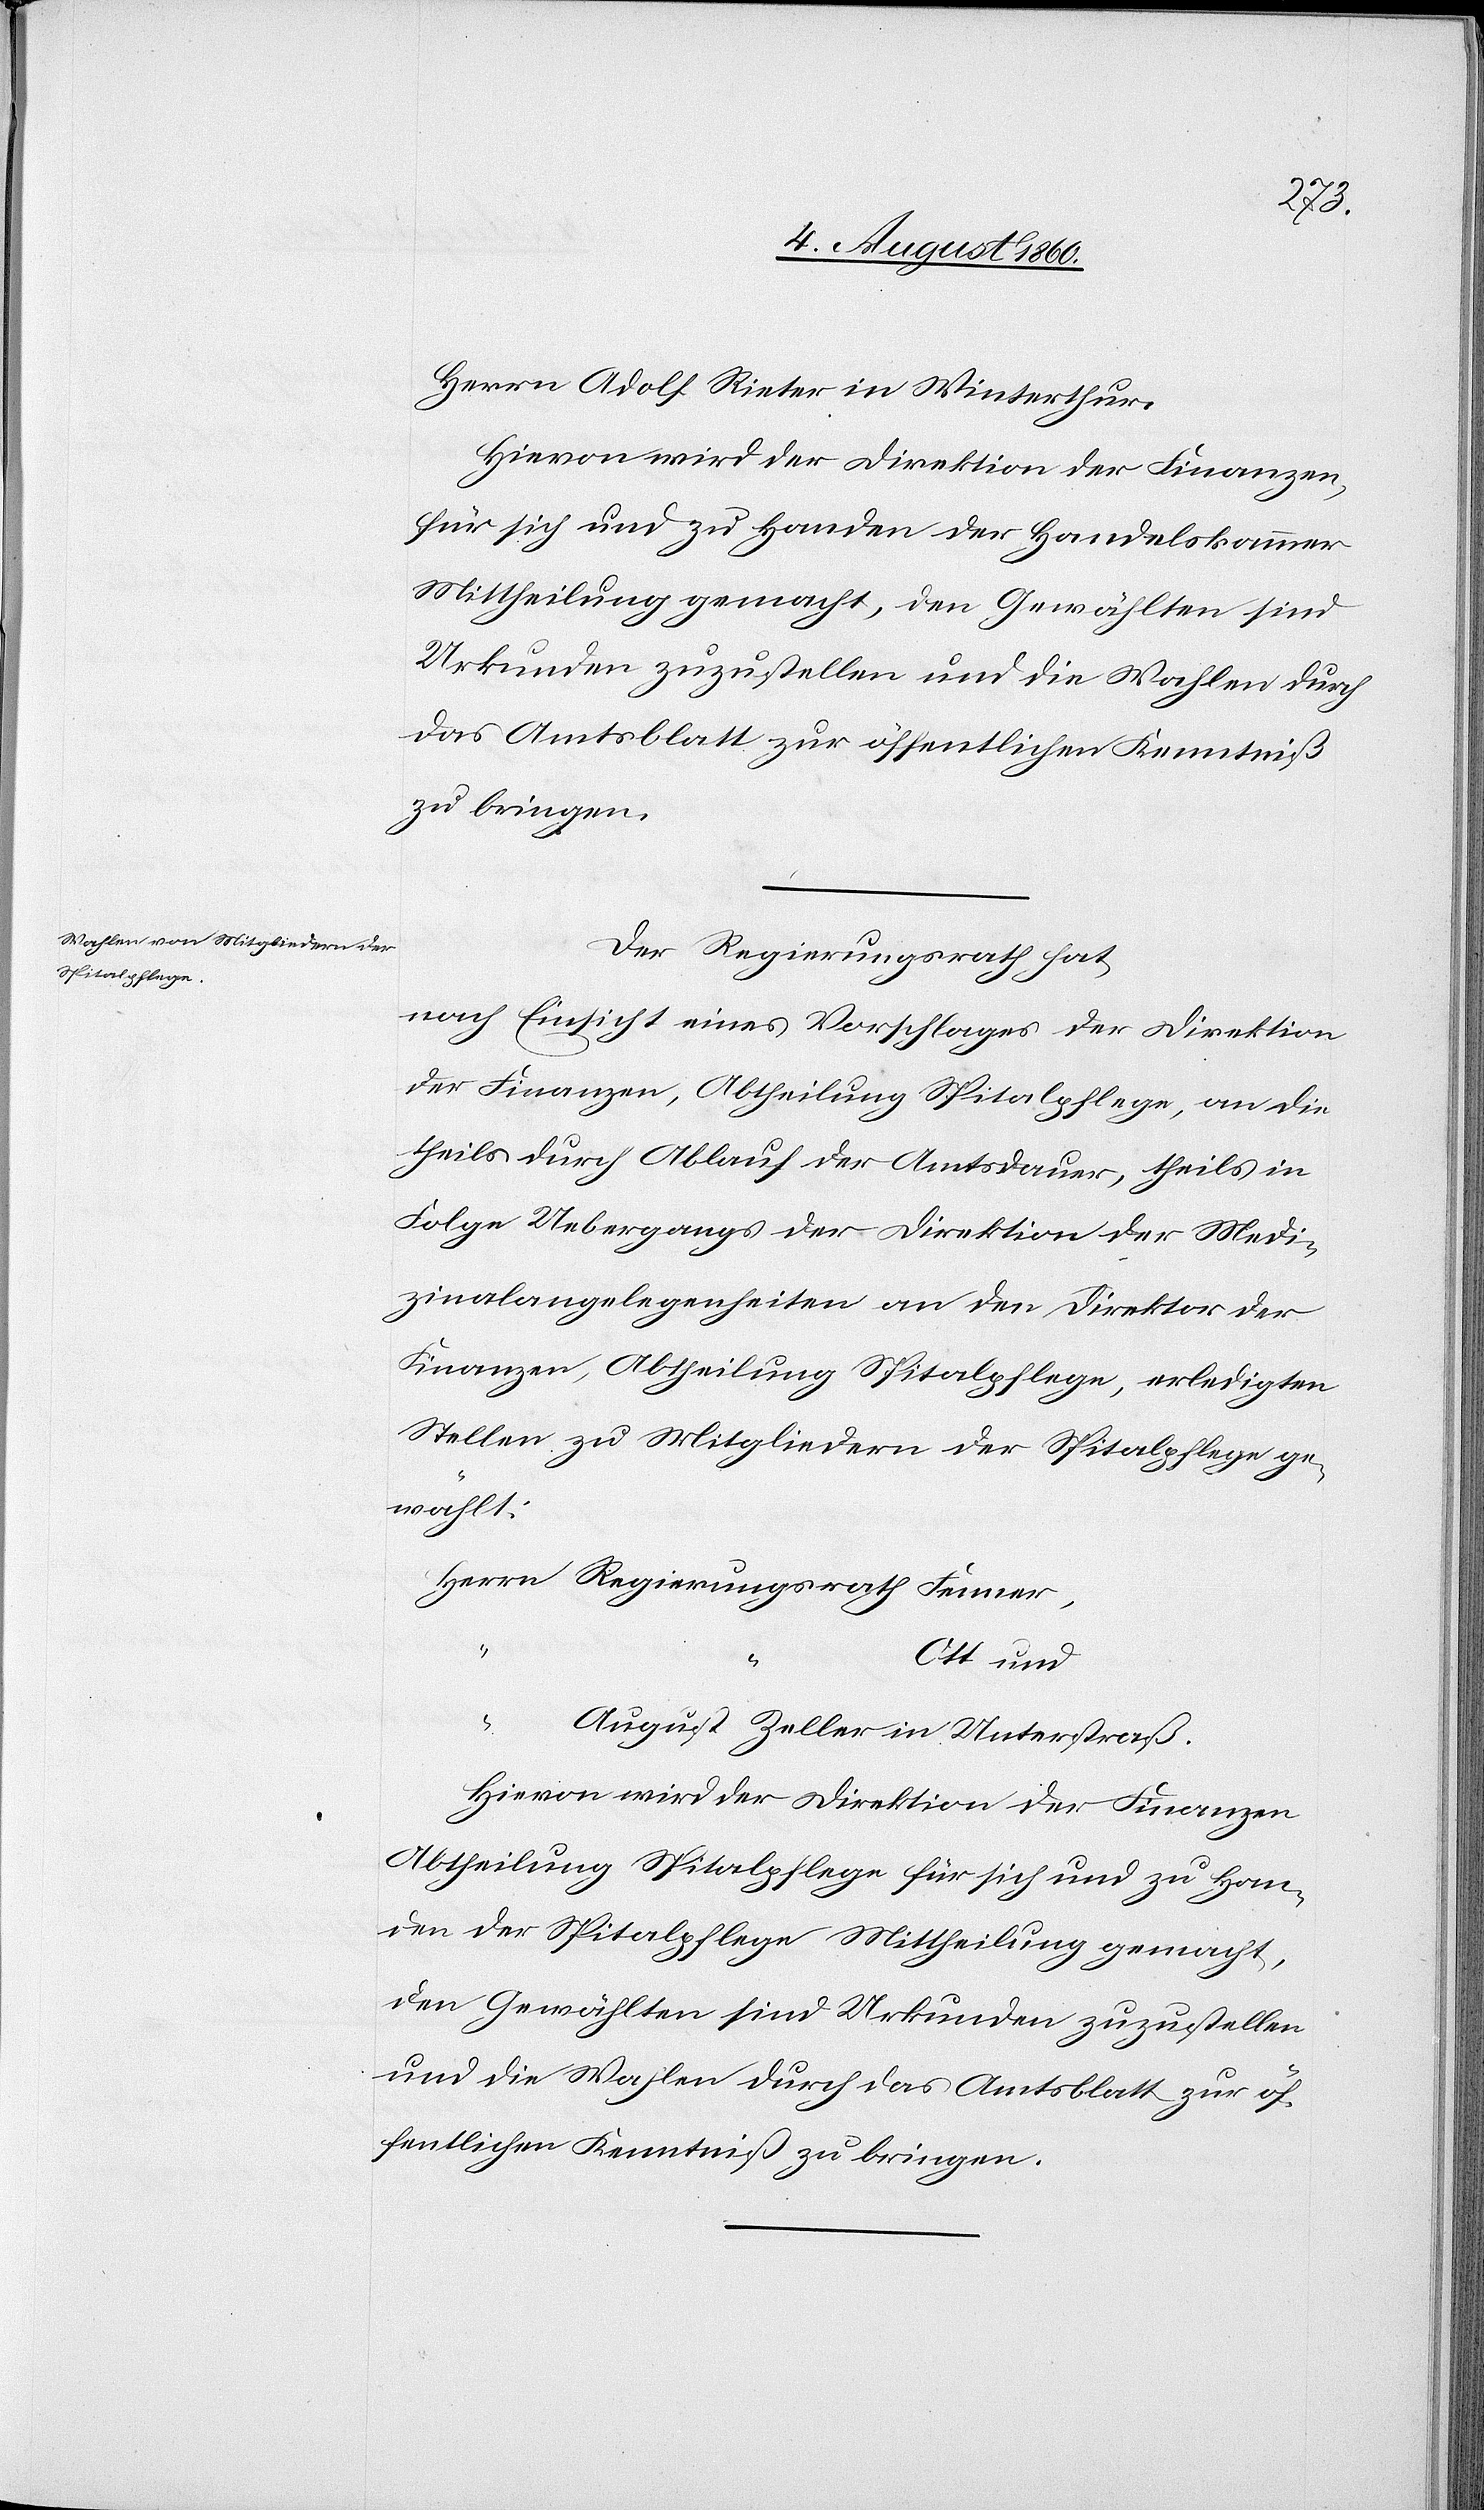
Spitalpflege

Herrn
Herrn Adolf Reiter in Winterthur.
Hievon wird der Direktion der Finanzen
für sich und zu Handen der Handelskammer
Mittheilung gemacht, den Gewählten sind
Urkunden zuzustellen und die Wahlen durch
das Amtsblatt zur öffentlichen Kenntniss
zu bringen.
Der Regierungsrath hat,
nach Einsicht eines Vorschlages der Direktion
der Finanzen, Abtheilung Spitalpflege, an die
theils durch Ablauf der Amtsdauer, theils in
Folge Uebergangs der Direktion der Medi¬
zinalangelgenheiten an den Direktor der
Finanzen, Abtheilung Spitalpflege, erledigten
Stellen zu Mitgliedern der Spitalpflege ge¬
wählt:
Fenner
“
Ott und
August Zeller in Unterstraß
Hievon wird der Direktion der Finanzen,